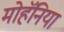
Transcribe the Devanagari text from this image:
मोहॅनिया